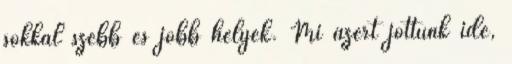
sokkal szebb és jobb helyek. Mi azért jöttünk ide,